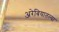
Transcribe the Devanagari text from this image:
अरेबियातल्या